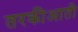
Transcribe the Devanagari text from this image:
तरकीआती